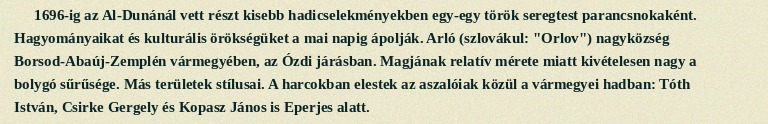
1696-ig az Al-Dunánál vett részt kisebb hadicselekményekben egy-egy török seregtest parancsnokaként. Hagyományaikat és kulturális örökségüket a mai napig ápolják. Arló (szlovákul: "Orlov") nagyközség Borsod-Abaúj-Zemplén vármegyében, az Ózdi járásban. Magjának relatív mérete miatt kivételesen nagy a bolygó sűrűsége. Más területek stílusai. A harcokban elestek az aszalóiak közül a vármegyei hadban: Tóth István, Csirke Gergely és Kopasz János is Eperjes alatt.